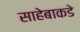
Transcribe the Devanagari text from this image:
साहेबाकडे